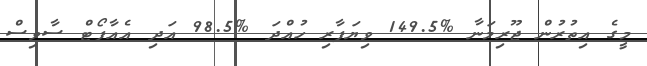
މީގެ އިތުރުން ޖޫރިމަނާ %149.5 ވިޔަފާރި ހުއްދަ %98.5 އަދި އެއާޕޯޓް ސާވިސް